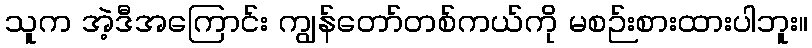
သူက အဲ့ဒီအကြောင်း ကျွန်တော်တစ်ကယ်ကို မစဉ်းစားထားပါဘူး။